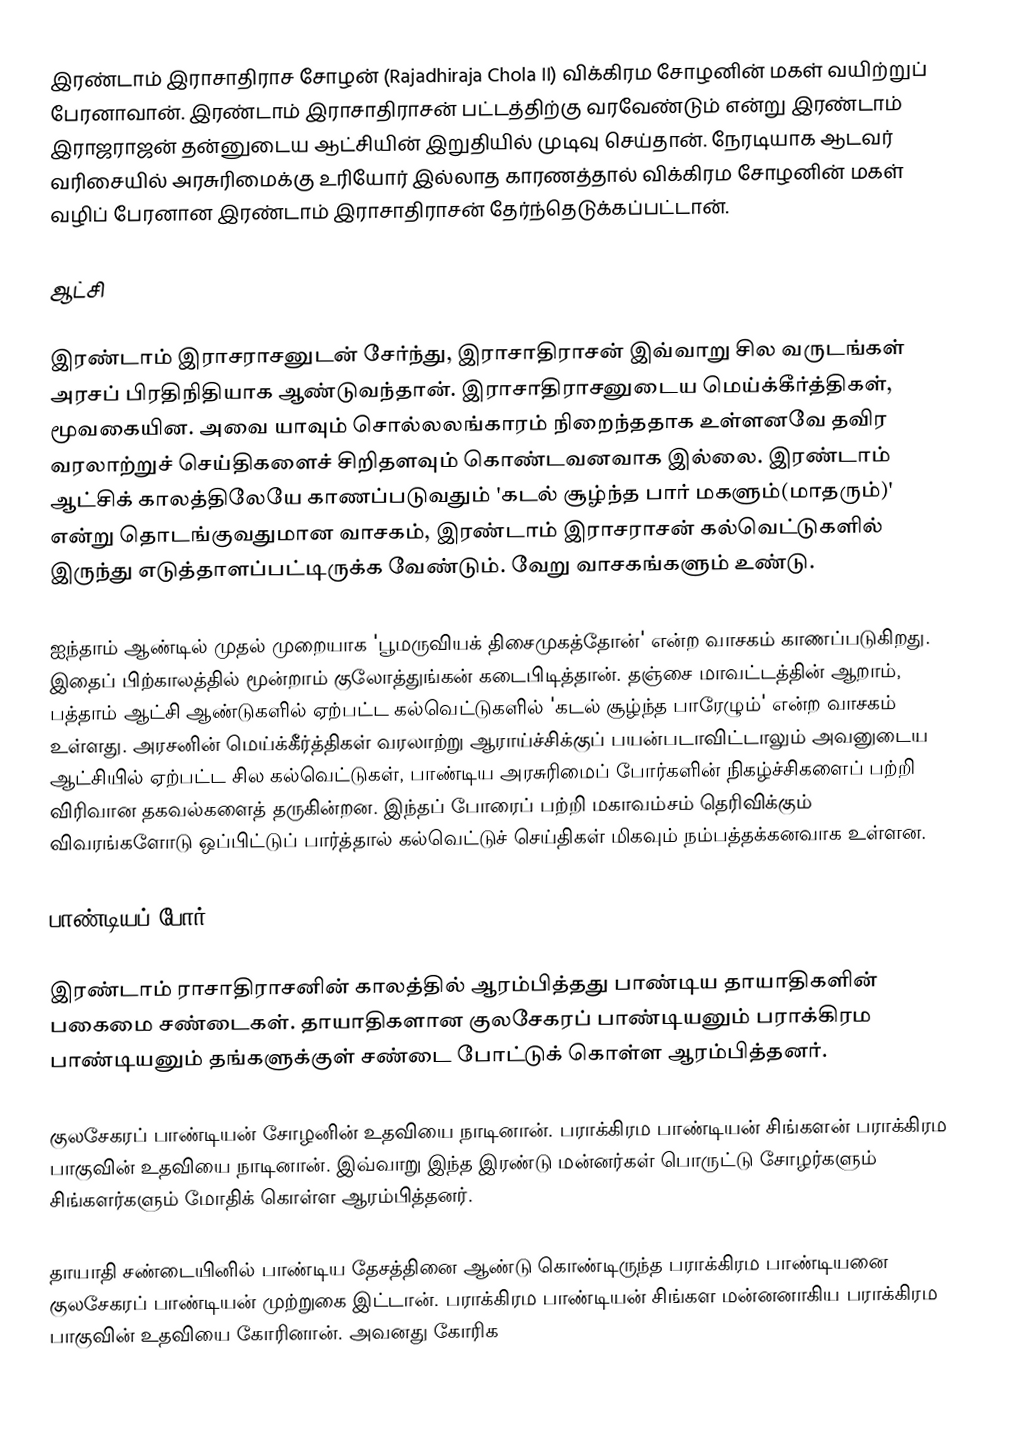
இரண்டாம் இராசாதிராச சோழன் (Rajadhiraja Chola II) விக்கிரம சோழனின் மகள் வயிற்றுப் பேரனாவான். இரண்டாம் இராசாதிராசன் பட்டத்திற்கு வரவேண்டும் என்று இரண்டாம் இராஜராஜன் தன்னுடைய ஆட்சியின் இறுதியில் முடிவு செய்தான். நேரடியாக ஆடவர் வரிசையில் அரசுரிமைக்கு உரியோர் இல்லாத காரணத்தால் விக்கிரம சோழனின் மகள் வழிப் பேரனான இரண்டாம் இராசாதிராசன் தேர்ந்தெடுக்கப்பட்டான்.

ஆட்சி

இரண்டாம் இராசராசனுடன் சேர்ந்து, இராசாதிராசன் இவ்வாறு சில வருடங்கள் அரசப் பிரதிநிதியாக ஆண்டுவந்தான். இராசாதிராசனுடைய மெய்க்கீர்த்திகள், மூவகையின. அவை யாவும் சொல்லலங்காரம் நிறைந்ததாக உள்ளனவே தவிர வரலாற்றுச் செய்திகளைச் சிறிதளவும் கொண்டவனவாக இல்லை. இரண்டாம் ஆட்சிக் காலத்திலேயே காணப்படுவதும் 'கடல் சூழ்ந்த பார் மகளும்(மாதரும்)' என்று தொடங்குவதுமான வாசகம், இரண்டாம் இராசராசன் கல்வெட்டுகளில் இருந்து எடுத்தாளப்பட்டிருக்க வேண்டும். வேறு வாசகங்களும் உண்டு.

ஐந்தாம் ஆண்டில் முதல் முறையாக 'பூமருவியக் திசைமுகத்தோன்' என்ற வாசகம் காணப்படுகிறது. இதைப் பிற்காலத்தில் மூன்றாம் குலோத்துங்கன் கடைபிடித்தான். தஞ்சை மாவட்டத்தின் ஆறாம், பத்தாம் ஆட்சி ஆண்டுகளில் ஏற்பட்ட கல்வெட்டுகளில் 'கடல் சூழ்ந்த பாரேழும்' என்ற வாசகம் உள்ளது. அரசனின் மெய்க்கீர்த்திகள் வரலாற்று ஆராய்ச்சிக்குப் பயன்படாவிட்டாலும் அவனுடைய ஆட்சியில் ஏற்பட்ட சில கல்வெட்டுகள், பாண்டிய அரசுரிமைப் போர்களின் நிகழ்ச்சிகளைப் பற்றி விரிவான தகவல்களைத் தருகின்றன. இந்தப் போரைப் பற்றி மகாவம்சம் தெரிவிக்கும் விவரங்களோடு ஒப்பிட்டுப் பார்த்தால் கல்வெட்டுச் செய்திகள் மிகவும் நம்பத்தக்கனவாக உள்ளன.

பாண்டியப் போர்

இரண்டாம் ராசாதிராசனின் காலத்தில் ஆரம்பித்தது பாண்டிய தாயாதிகளின் பகைமை சண்டைகள். தாயாதிகளான குலசேகரப் பாண்டியனும் பராக்கிரம பாண்டியனும் தங்களுக்குள் சண்டை போட்டுக் கொள்ள ஆரம்பித்தனர்.

குலசேகரப் பாண்டியன் சோழனின் உதவியை நாடினான். பராக்கிரம பாண்டியன் சிங்களன் பராக்கிரம பாகுவின் உதவியை நாடினான்.  இவ்வாறு இந்த இரண்டு மன்னர்கள் பொருட்டு சோழர்களும் சிங்களர்களும் மோதிக் கொள்ள ஆரம்பித்தனர்.

தாயாதி சண்டையினில் பாண்டிய தேசத்தினை ஆண்டு கொண்டிருந்த பராக்கிரம பாண்டியனை  குலசேகரப் பாண்டியன் முற்றுகை இட்டான். பராக்கிரம பாண்டியன் சிங்கள மன்னனாகிய பராக்கிரம பாகுவின் உதவியை கோரினான். அவனது கோரிக